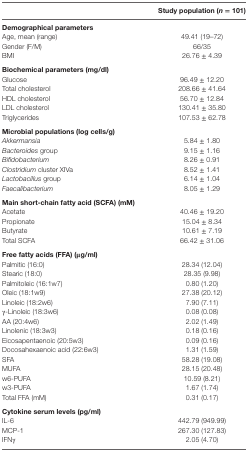
<table><thead><tr><td></td><td><b>Study population (<i>n</i> = 101)</b></td></tr></thead><tbody><tr><td><b>Demographical parameters</b></td><td></td></tr><tr><td>Age, mean (range)</td><td>49.41 (19–72)</td></tr><tr><td>Gender (F/M)</td><td>66/35</td></tr><tr><td>BMI</td><td>26.76 ± 4.39</td></tr><tr><td><b>Biochemical parameters (mg/dl)</b></td><td></td></tr><tr><td>Glucose</td><td>96.49 ± 12.20</td></tr><tr><td>Total cholesterol</td><td>208.66 ± 41.64</td></tr><tr><td>HDL cholesterol</td><td>56.70 ± 12.84</td></tr><tr><td>LDL cholesterol</td><td>130.41 ± 35.80</td></tr><tr><td>Triglycerides</td><td>107.53 ± 62.78</td></tr><tr><td><b>Microbial populations (log cells/g)</b></td><td></td></tr><tr><td><i>Akkermansia</i></td><td>5.84 ± 1.80</td></tr><tr><td><i>Bacteroides</i> group</td><td>9.15 ± 1.16</td></tr><tr><td><i>Bifidobacterium</i></td><td>8.26 ± 0.91</td></tr><tr><td><i>Clostridium</i> cluster XIVa</td><td>8.52 ± 1.41</td></tr><tr><td><i>Lactobacillus</i> group</td><td>6.14 ± 1.04</td></tr><tr><td><i>Faecalibacterium</i></td><td>8.05 ± 1.29</td></tr><tr><td><b>Main short-chain fatty acid (SCFA) (mM)</b></td><td></td></tr><tr><td>Acetate</td><td>40.46 ± 19.20</td></tr><tr><td>Propionate</td><td>15.04 ± 8.34</td></tr><tr><td>Butyrate</td><td>10.61 ± 7.19</td></tr><tr><td>Total SCFA</td><td>66.42 ± 31.06</td></tr><tr><td><b>Free fatty acids (FFA) (μg/ml)</b></td><td></td></tr><tr><td>Palmitic (16:0)</td><td>28.34 (12.04)</td></tr><tr><td>Stearic (18:0)</td><td>28.35 (9.98)</td></tr><tr><td>Palmitoleic (16:1w7)</td><td>0.80 (1.20)</td></tr><tr><td>Oleic (18:1w9)</td><td>27.38 (20.12)</td></tr><tr><td>Linoleic (18:2w6)</td><td>7.90 (7.11)</td></tr><tr><td>γ-Linoleic (18:3w6)</td><td>0.08 (0.08)</td></tr><tr><td>AA (20:4w6)</td><td>2.02 (1.49)</td></tr><tr><td>Linolenic (18:3w3)</td><td>0.18 (0.16)</td></tr><tr><td>Eicosapentaenoic (20:5w3)</td><td>0.09 (0.16)</td></tr><tr><td>Docosahexaenoic acid (22:6w3)</td><td>1.31 (1.59)</td></tr><tr><td>SFA</td><td>58.28 (19.08)</td></tr><tr><td>MUFA</td><td>28.15 (20.48)</td></tr><tr><td>w6-PUFA</td><td>10.59 (8.21)</td></tr><tr><td>w3-PUFA</td><td>1.67 (1.74)</td></tr><tr><td>Total FFA (mM)</td><td>0.31 (0.17)</td></tr><tr><td><b>Cytokine serum levels (pg/ml)</b></td><td></td></tr><tr><td>IL-6</td><td>442.79 (949.99)</td></tr><tr><td>MCP-1</td><td>267.30 (127.83)</td></tr><tr><td>IFNγ</td><td>2.05 (4.70)</td></tr></tbody></table>